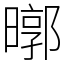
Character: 㬑